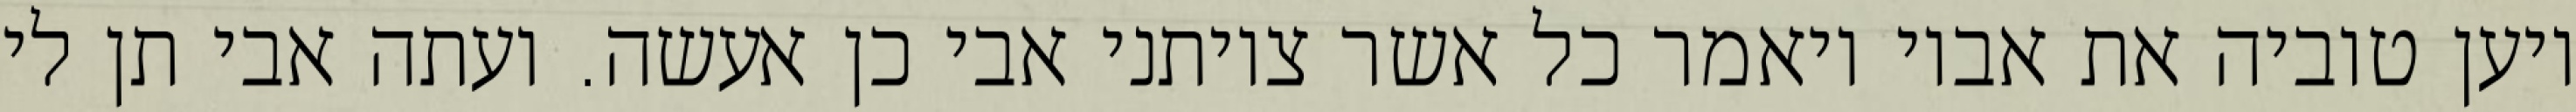
ויען טוביה את אביו ויאמר כל אשר צויתני אבי כן אעשה. ועתה אבי תן לי